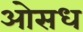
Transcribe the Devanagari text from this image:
ओसध